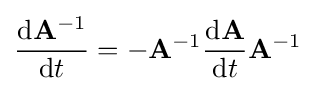
{\frac {\mathrm {d} \mathbf {A} ^{-1}}{\mathrm {d} t}}=-\mathbf {A} ^{-1}{\frac {\mathrm {d} \mathbf {A} }{\mathrm {d} t}}\mathbf {A} ^{-1}